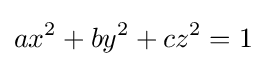
ax^{2}+by^{2}+cz^{2}=1